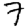
Digit: 7